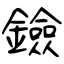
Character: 鐱